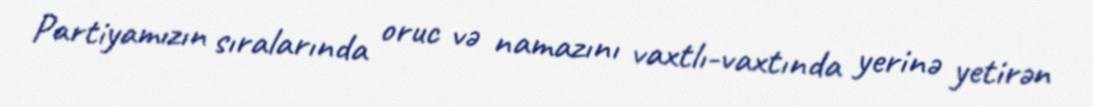
Partiyamızın sıralarında oruc və namazını vaxtlı-vaxtında yerinə yetirən